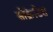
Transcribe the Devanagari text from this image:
सोक्रेटिस